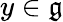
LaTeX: y\in{\mathfrak{g}}